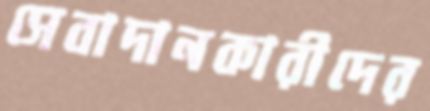
সেবাদানকারীদের